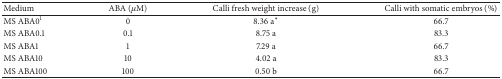
<table><thead><tr><td><b>Medium</b></td><td><b>ABA (<i>μ</i>M)</b></td><td><b>Calli fresh weight increase (g)</b></td><td><b>Calli with somatic embryos (%)</b></td></tr></thead><tbody><tr><td>MS ABA0<sup>1</sup></td><td>0</td><td> 8.36 a*</td><td>66.7</td></tr><tr><td>MS ABA0.1</td><td>0.1</td><td>8.75 a</td><td>83.3</td></tr><tr><td>MS ABA1</td><td>1</td><td>7.29 a</td><td>66.7</td></tr><tr><td>MS ABA10</td><td>10</td><td>4.02 a</td><td>83.3</td></tr><tr><td>MS ABA100</td><td>100</td><td>0.50 b</td><td>66.7</td></tr></tbody></table>